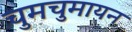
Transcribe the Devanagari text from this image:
चुमचुमायन